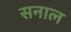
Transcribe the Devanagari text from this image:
सनाल